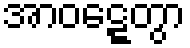
အာဝဋ္ဋေတွာ